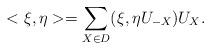
LaTeX: \begin{align*}<\xi ,\eta >=\sum_{X\in D}(\xi ,\eta U_{-X})U_{X}.\end{align*}